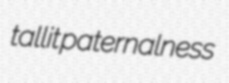
tallit paternalness